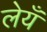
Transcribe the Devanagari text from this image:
लेयँ